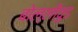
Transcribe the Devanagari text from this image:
बोल्लीवुड